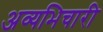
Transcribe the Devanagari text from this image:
अव्यभिचारी